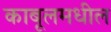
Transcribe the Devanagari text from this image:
काबूलमधील